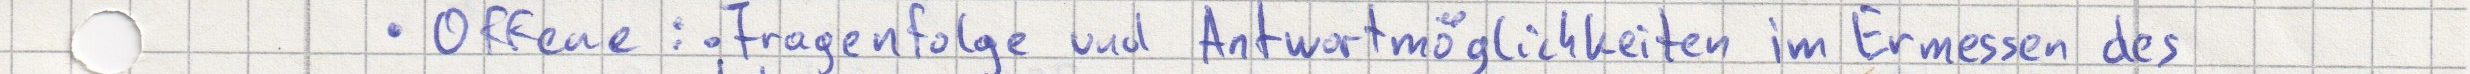
Offene : Fragenfolge und Antwortmöglichkeiten im Ermessen des